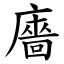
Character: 廧